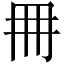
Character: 𠕋